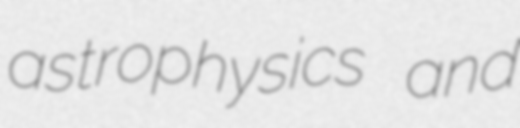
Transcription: astrophysics and